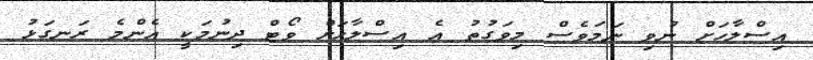
އިސްލާހަށް ނުވި ނަމަވެސް މިވަގުތު އެ އިސްލާހަށް ވޯޓް ދިނުމަކީ އެންމެ ރަނގަޅު